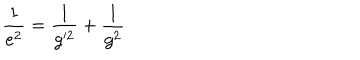
\frac { 1 } { e ^ { 2 } } = \frac { 1 } { g ^ { 2 } } + \frac { 1 } { g ^ { 2 } }